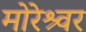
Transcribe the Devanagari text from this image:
मोरेश्र्वर